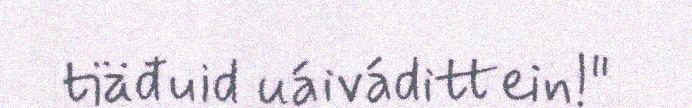
tiäđuid uáivádittein!"